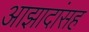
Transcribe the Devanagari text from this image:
आझादांसह